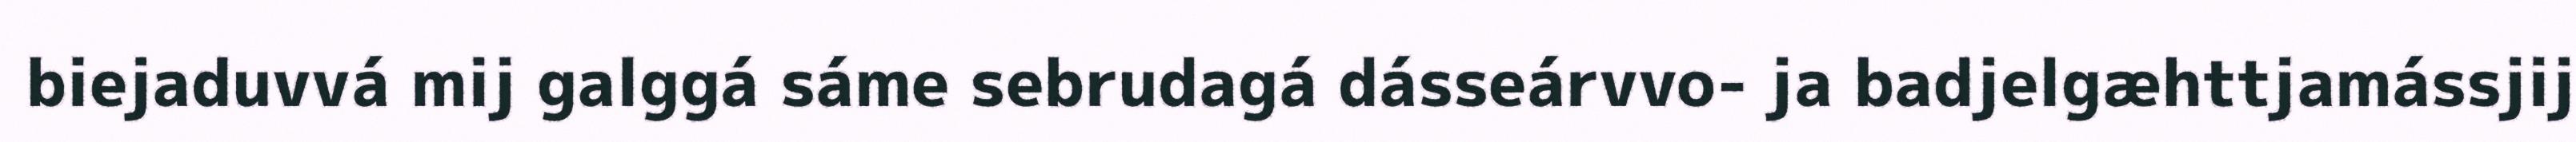
biejaduvvá mij galggá sáme sebrudagá dásseárvvo- ja badjelgæhttjamássjij